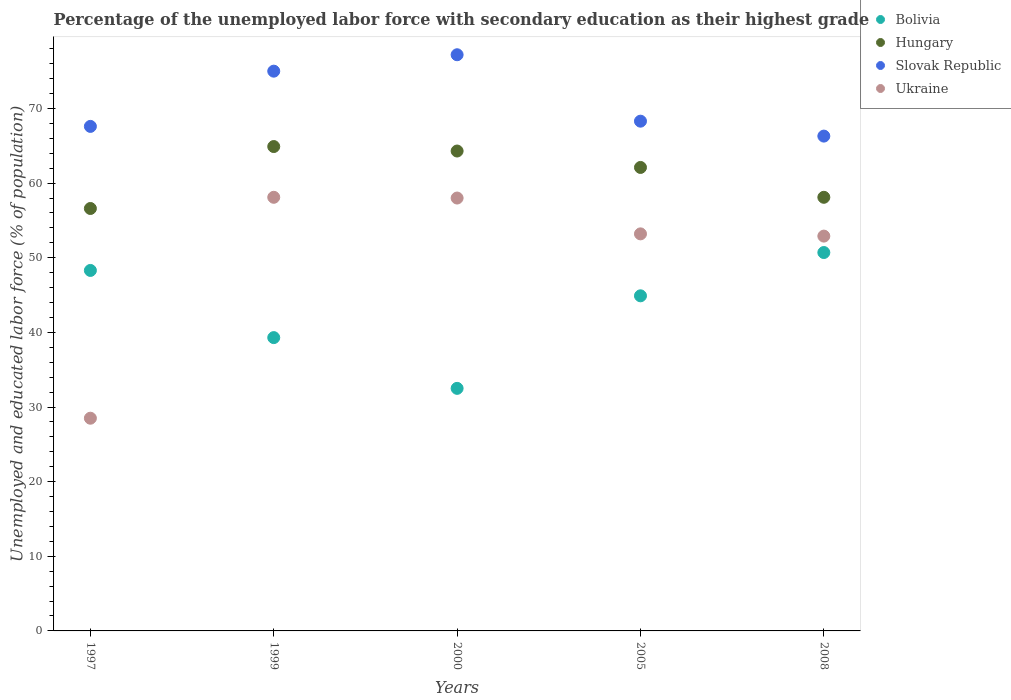
| Years | Bolivia | Hungary | Slovak Republic | Ukraine |
 | --- | --- | --- | --- | --- |
 | 1997 | 48.3 | 56.6 | 67.6 | 28.5 |
 | 1999 | 39.3 | 64.9 | 75 | 58.1 |
 | 2000 | 32.5 | 64.3 | 77.2 | 58 |
 | 2005 | 44.9 | 62.1 | 68.3 | 53.2 |
 | 2008 | 50.7 | 58.1 | 66.3 | 52.9 |